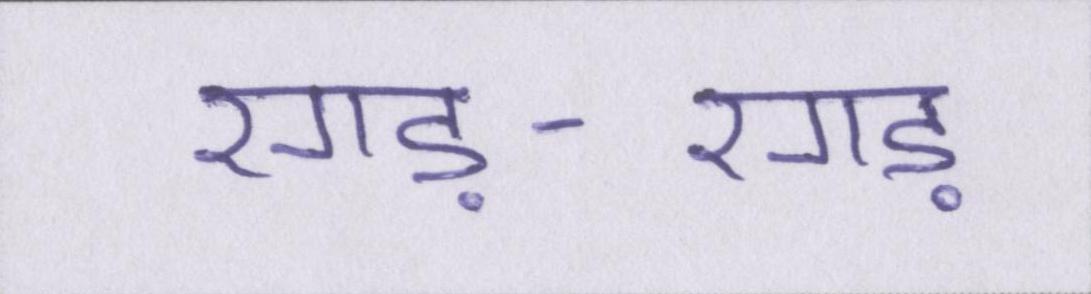
रगड़-रगड़